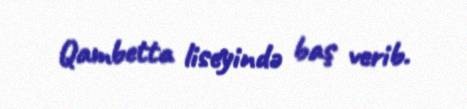
Qambetta liseyində baş verib.